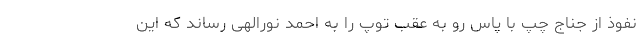
نفوذ از جناج چپ با پاس رو به عقب توپ را به احمد نورالهی رساند که این